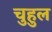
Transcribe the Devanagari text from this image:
चुहुल